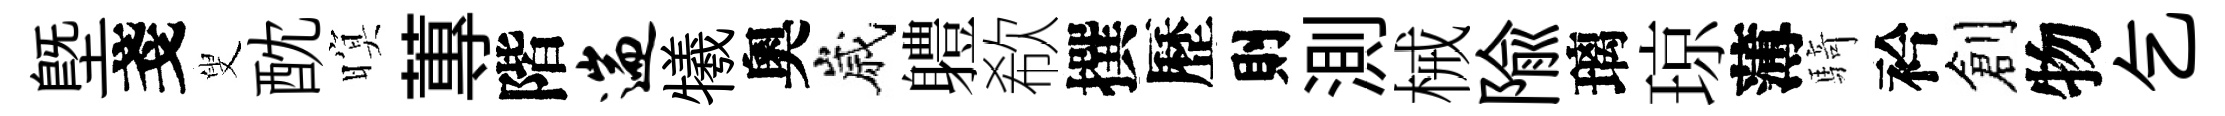
塈戔叟酖暝蓴階遄犧奧嵗軆欷撰歷則測械隃璃琼薄騎衿創物乞